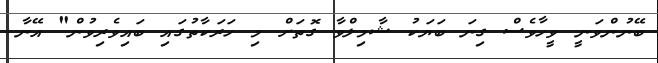
ބޭނުންވަނީ ވީހާވެސް ގިނަ ބަޔަކު ޝާމިލްވާ ގޮތަށް މި ހަރަކާތުގައި ބައިވެރިވުން" އޭނާ